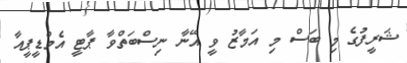
ޝަރީފުގެ މި ބަސް މި އަމާޒު ވީ އޭނާ ނިސްބަތްވާ ޕާޓީ އެމްޑީޕީއާ